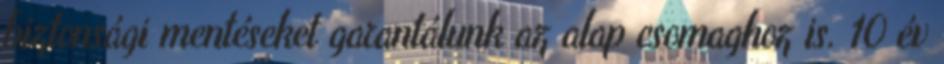
biztonsági mentéseket garantálunk az alap csomaghoz is. 10 év